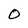
Character: O